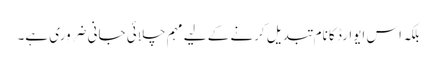
بلکہ اس ایوارڈ کا نام تبدیل کرنے کے لیے مہم چلائی جانی ضروری ہے۔